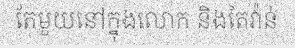
តែមួយនៅក្នុងលោក និងតៃវ៉ាន់